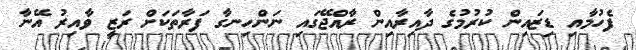
ފެހުމާއި ޑިޒައިން ކުރުމުގެ ދާއިރާއިން ރާއްޖޭގައި ނަންހިނގާ ފަރާތަކަށް ރަޒީ ވާއިރު އޭނާ